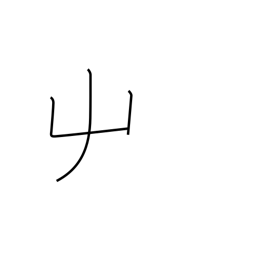
Meaning: left hand